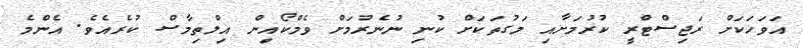
އަވަހަކަށް ރަޖިސްޓްރީ ކުރުމަށާއި މަގުތަކަށް ކުނި ނުނެރުމަށް ވެމްކޯއިން އިލްތިމާސް ކުރެއެވެ. އެންމެ